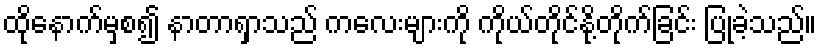
ထိုနောက်မှစ၍ နာတာရှာသည် ကလေးများကို ကိုယ်တိုင်နို့တိုက်ခြင်း ပြုခဲ့သည်။